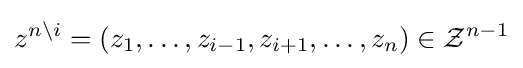
z^{n\backslash i}=\left(z_{1},\ldots ,z_{i-1},z_{i+1},\ldots ,z_{n}\right)\in {\mathcal {Z}}^{n-1}